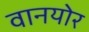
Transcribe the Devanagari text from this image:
वानयोर